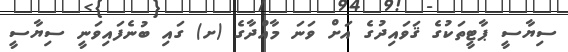
ސިޔާސީ ޕާޓީތަކުގެ ޤަވައިދުގެ އަށް ވަނަ މާއްދާގެ (ށ) ގައި ބުނެފައިވަނީ ސިޔާސީ